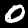
Label: 0